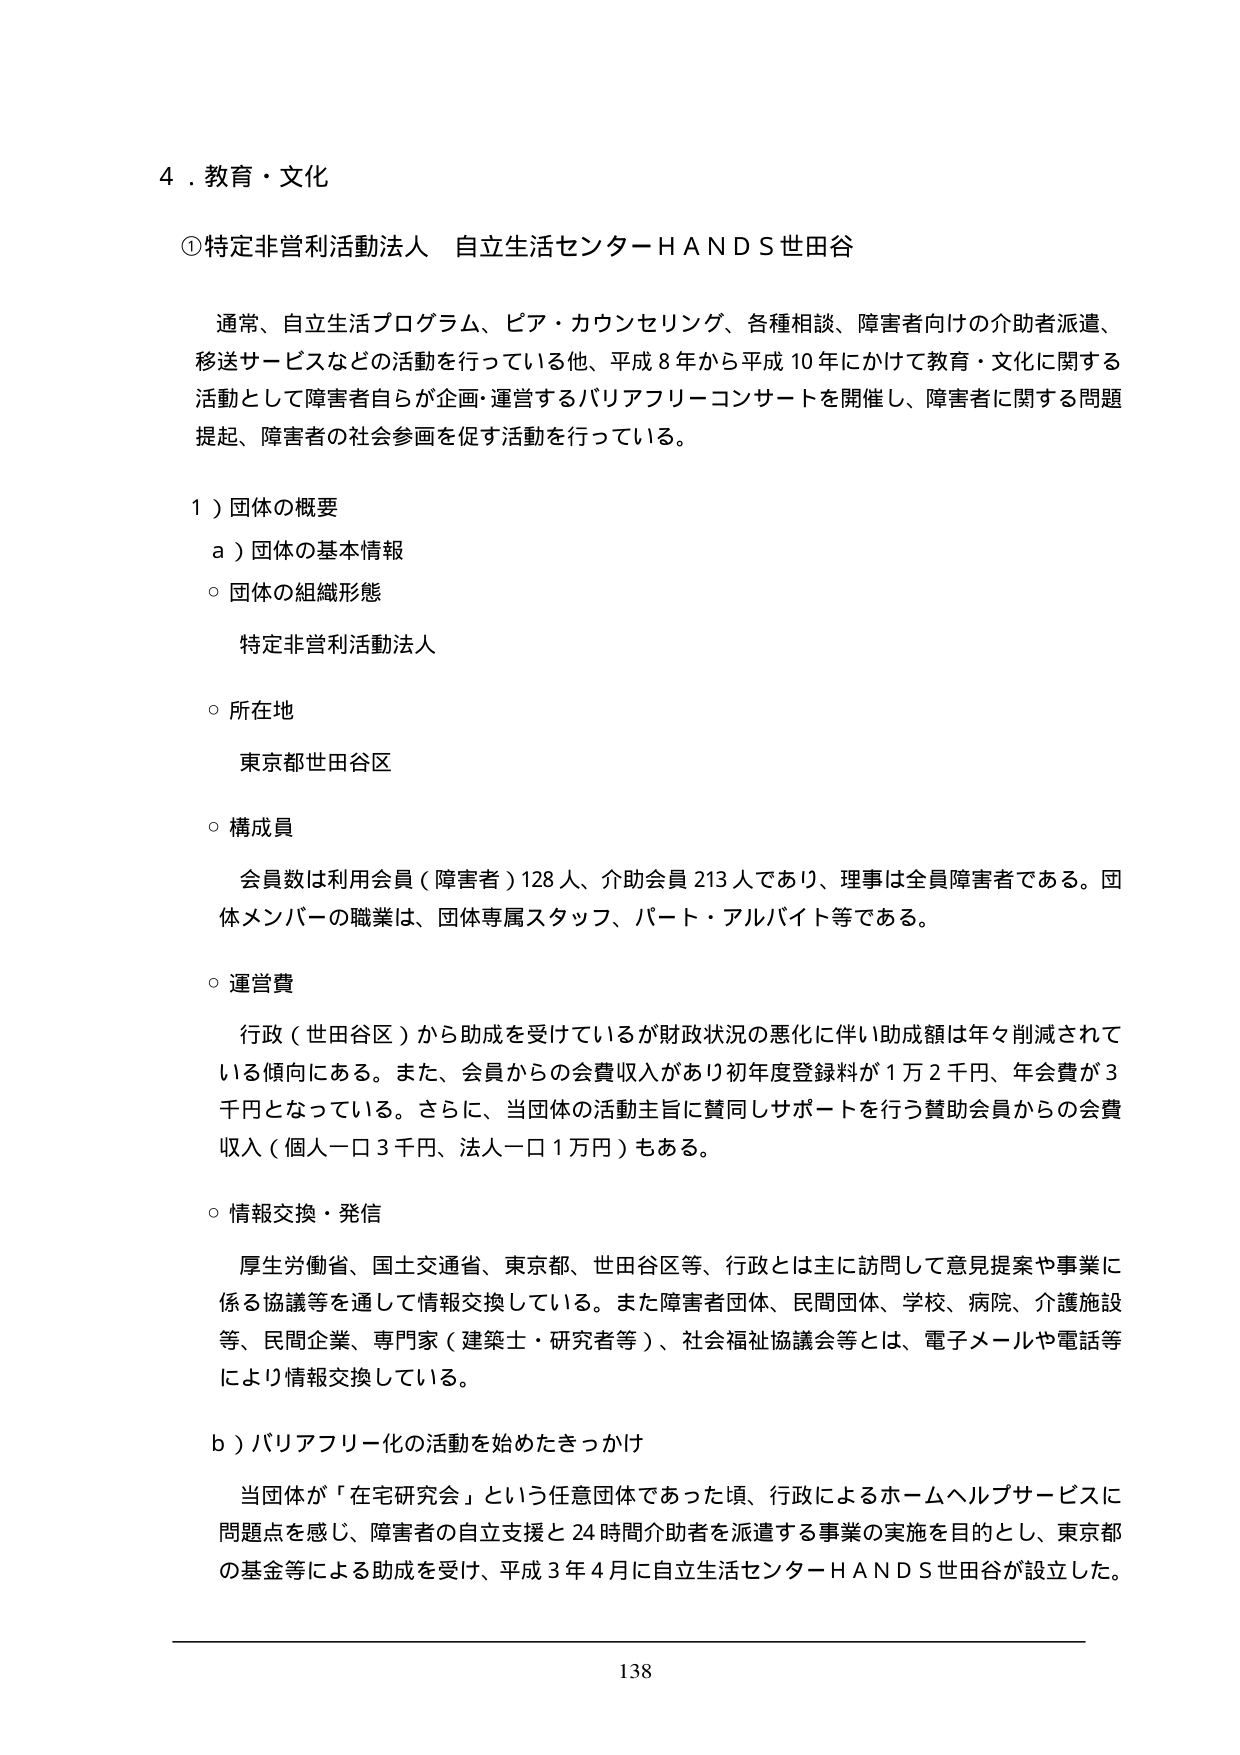
4．教育・文化

①特定非営利活動法人 自立生活センターＨＡＮＤＳ世田谷

通常、自立生活プログラム、ピア・カウンセリング、各種相談、障害者向けの介助者派遣、移送サービスなどの活動を行っている他、平成8年から平成10年にかけて教育・文化に関する活動として障害者自らが企画・運営するバリアフリーコンサートを開催し、障害者に関する問題提起、障害者の社会参画を促す活動を行っている。

1）団体の概要

a）団体の基本情報

○団体の組織形態
特定非営利活動法人

○所在地
東京都世田谷区

○構成員
会員数は利用会員（障害者）128人、介助会員213人であり、理事は全員障害者である。団体メンバーの職業は、団体専属スタッフ、パート・アルバイト等である。

○運営費
行政（世田谷区）から助成を受けているが財政状況の悪化に伴い助成額は年々削減されている傾向にある。また、会員からの会費収入があり初年度登録料が1万2千円、年会費が3千円となっている。さらに、当団体の活動主旨に賛同しサポートを行う賛助会員からの会費収入（個人一口3千円、法人一口1万円）もある。

○情報交換・発信
厚生労働省、国土交通省、東京都、世田谷区等、行政とは主に訪問して意見提案や事業に係る協議等を通じて情報交換している。また障害者団体、民間団体、学校、病院、介護施設等、民間企業、専門家（建築士・研究者等）、社会福祉協議会等とは、電子メールや電話等により情報交換している。

b）バリアフリー化の活動を始めたきっかけ
当団体が「在宅研究会」という任意団体であった頃、行政によるホームヘルプサービスに問題点を感じ、障害者の自立支援と24時間介助者を派遣する事業の実施を目的とし、東京都の基金等による助成を受け、平成3年4月に自立生活センターＨＡＮＤＳ世田谷が設立した。

138